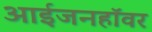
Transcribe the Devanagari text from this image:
आईजनहॉवर